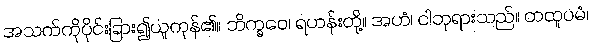
အသက်ကိုပိုင်းခြား၍ယူကုန်၏။ ဘိက္ခဝေ၊ ရဟန်းတို့။ အဟံ၊ ငါဘုရားသည်။ တထူပမံ၊